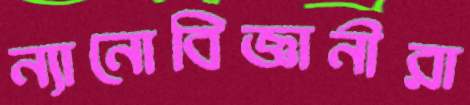
ন্যানোবিজ্ঞানীরা